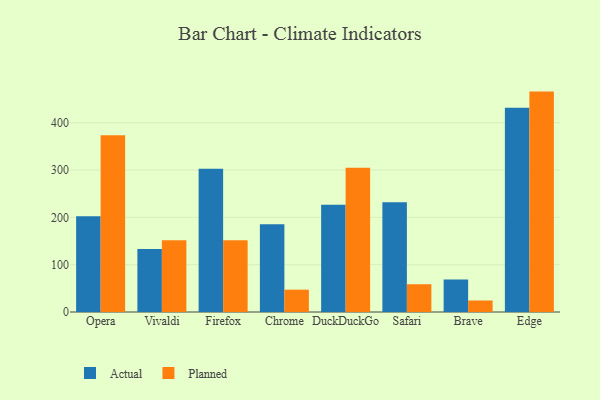
{"axis": {"x": "Browser", "y": "Tickets Resolved"}, "legend": ["Actual", "Planned"], "data": [{"x": "Opera", "y": 202.3, "type": "Actual"}, {"x": "Opera", "y": 373.6, "type": "Planned"}, {"x": "Vivaldi", "y": 133.3, "type": "Actual"}, {"x": "Vivaldi", "y": 151.5, "type": "Planned"}, {"x": "Firefox", "y": 302.7, "type": "Actual"}, {"x": "Firefox", "y": 151.8, "type": "Planned"}, {"x": "Chrome", "y": 185.4, "type": "Actual"}, {"x": "Chrome", "y": 47.2, "type": "Planned"}, {"x": "DuckDuckGo", "y": 226.9, "type": "Actual"}, {"x": "DuckDuckGo", "y": 305.1, "type": "Planned"}, {"x": "Safari", "y": 232.1, "type": "Actual"}, {"x": "Safari", "y": 58.7, "type": "Planned"}, {"x": "Brave", "y": 68.7, "type": "Actual"}, {"x": "Brave", "y": 24.3, "type": "Planned"}, {"x": "Edge", "y": 431.7, "type": "Actual"}, {"x": "Edge", "y": 465.8, "type": "Planned"}]}